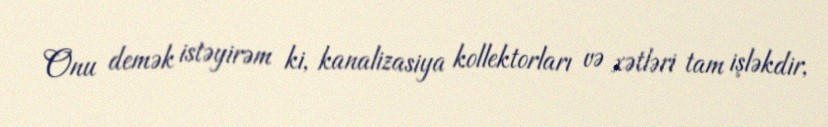
Onu demək istəyirəm ki, kanalizasiya kollektorları və xətləri tam işləkdir,